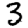
Digit: 3